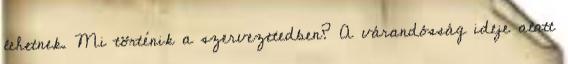
lehetnek. Mi történik a szervezetedben? A várandósság ideje alatt